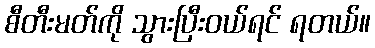
စီတီးမတ်ကို သွားပြီးဝယ်ရင် ရတယ်။